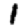
Digit: 1